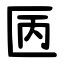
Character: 㔷